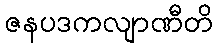
ဇနပဒကလျာဏီတိ